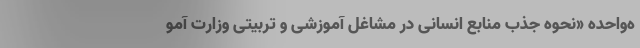
ه‌واحده «نحوه جذب منابع انسانی در مشاغل آموزشی و تربیتی وزارت آمو